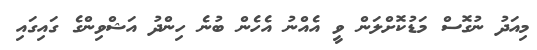
މިއަދު ނުގޮސް މަޑުކޮށްލަން ވީ އެއްނު އެހެން ބުނެ ހިންދު އަޝްވިންގެ ގައިގައި